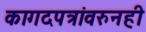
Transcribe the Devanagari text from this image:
कागदपत्रांवरुनही